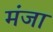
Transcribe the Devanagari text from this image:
मंजा